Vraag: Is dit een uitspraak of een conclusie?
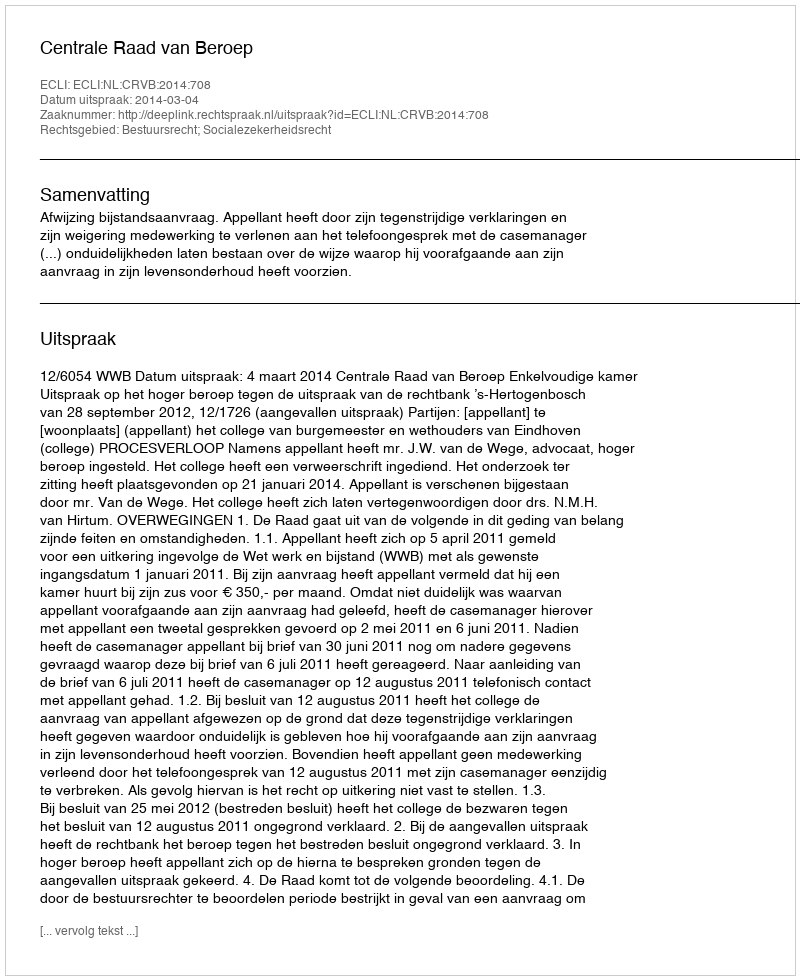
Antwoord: Uitspraak